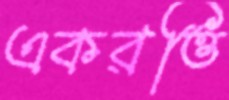
একরত্তি